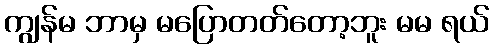
ကျွန်မ ဘာမှ မပြောတတ်တော့ဘူး မမ ရယ်